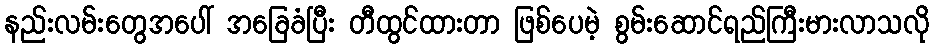
နည်းလမ်းတွေအပေါ် အခြေခံပြီး တီထွင်ထားတာ ဖြစ်ပေမဲ့ စွမ်းဆောင်ရည်ကြီးမားလာသလို